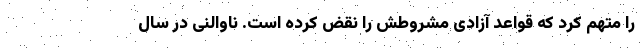
را متهم کرد که قواعد آزادی مشروطش را نقض کرده است. ناوالنی در سال